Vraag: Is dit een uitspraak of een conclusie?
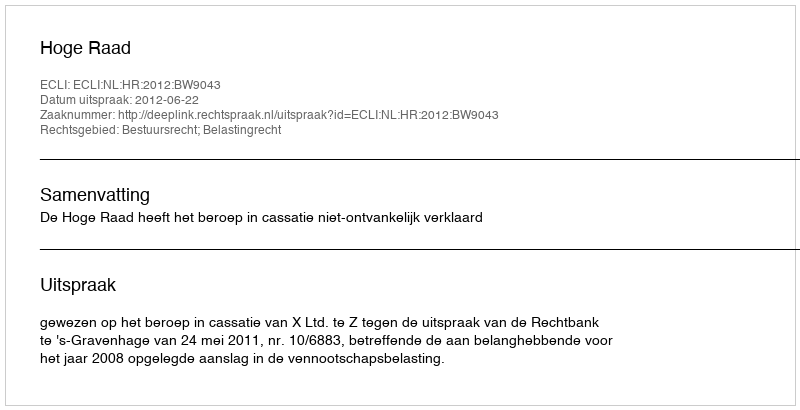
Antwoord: Uitspraak